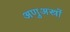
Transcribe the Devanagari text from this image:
अणुअस्त्रों